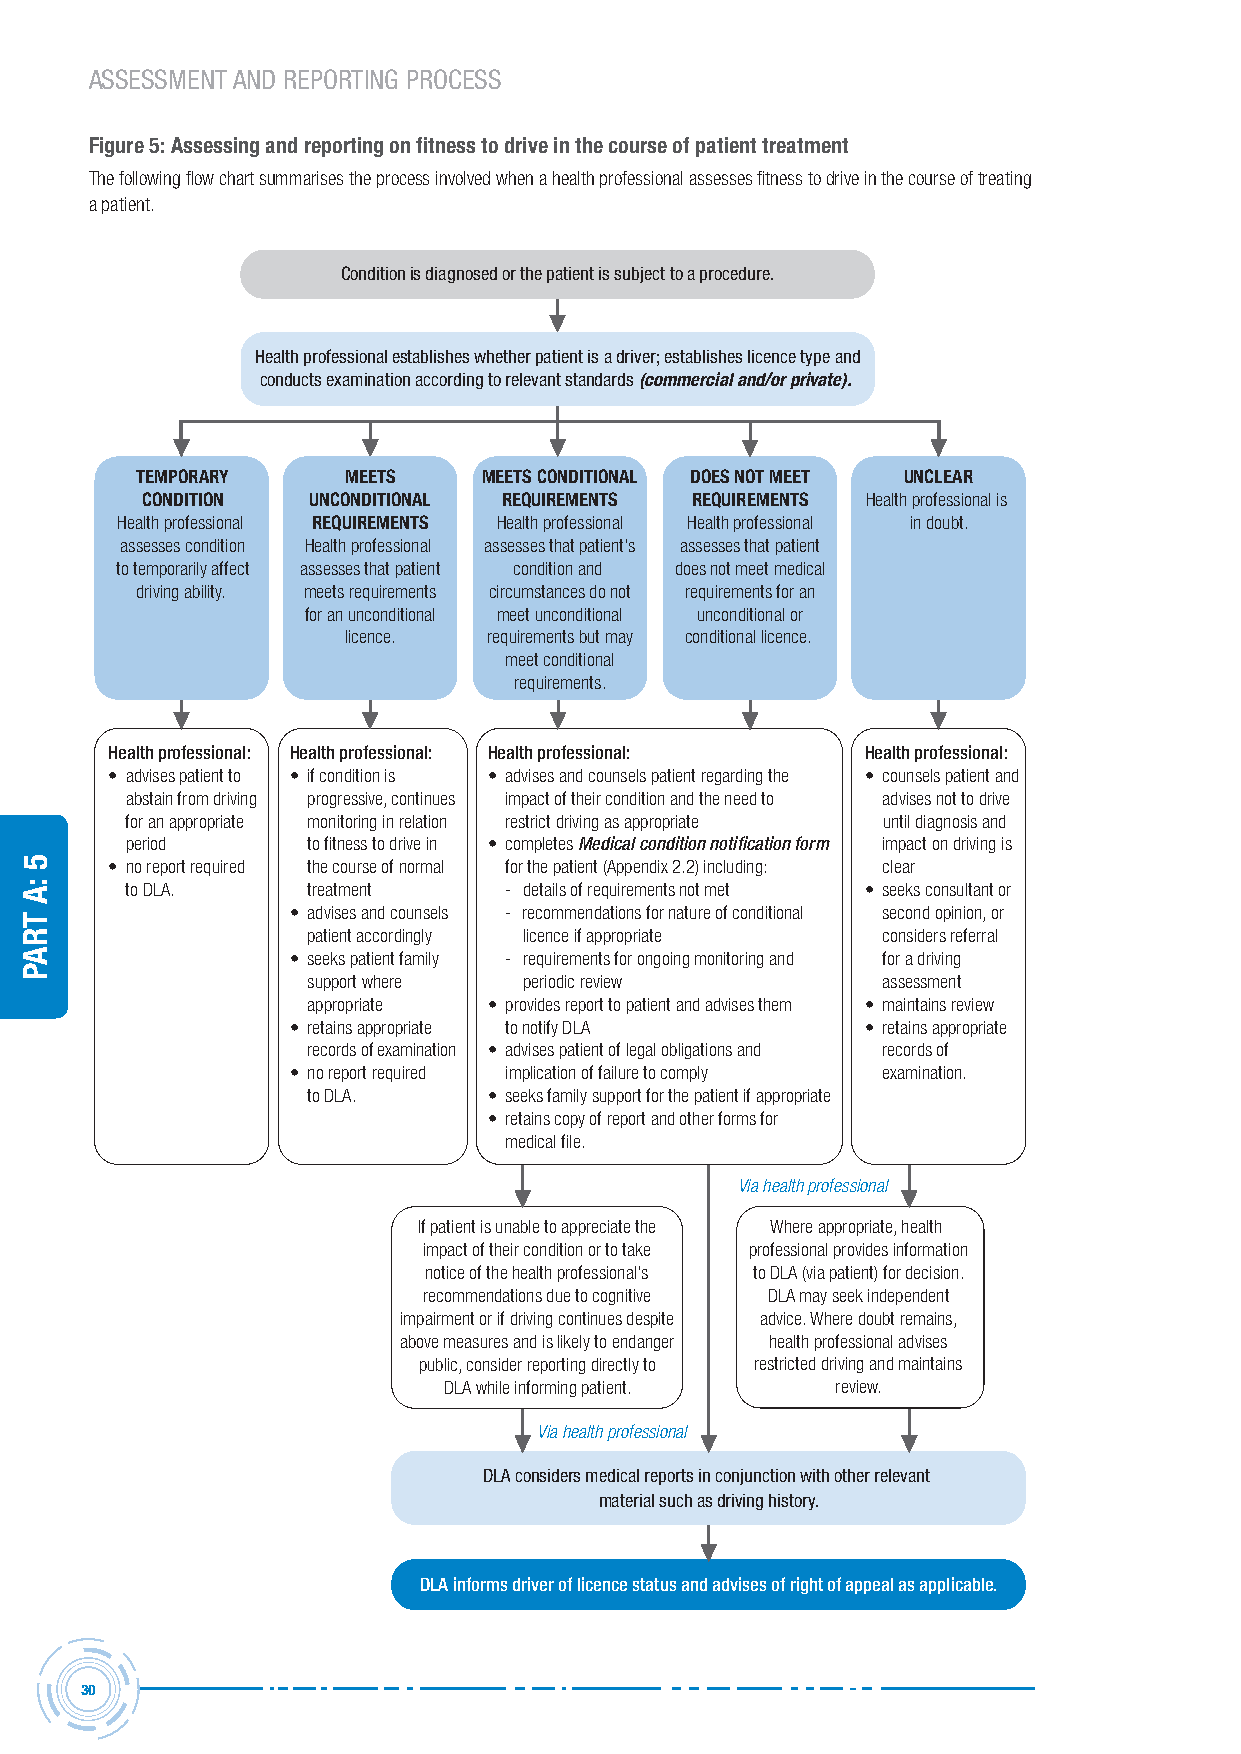
ASSESSMENT AND REPORTING PROCESS
 Figure 5: Assessing and reporting on fitness to drive in the course of patient treatment
 The following flow chart summarises the process involved when a health professional assesses fitness to drive in the course of treating
 a patient.
 Condition is diagnosed or the patient is subject to a procedure.
 Health professional establishes whether patient is a driver; establishes licence type and
 conducts examination according to relevant standards (commercial and/or private).
 TEMPORARY     MEETS    MEETS CONDITIONAL DOES NOT MEET UNCLEAR
 CONDITION  UNCONDITIONAL REQUIREMENTS REQUIREMENTS Health professional is
 Health professional REQUIREMENTS Health professional Health professional in doubt.
 assesses condition Health professional assesses that patient’s assesses that patient
 to temporarily affect assesses that patient condition and does not meet medical
 driving ability. meets requirements circumstances do not requirements for an
 for an unconditional meet unconditional unconditional or
 licence. requirements but may conditional licence.
 meet conditional
 requirements.
 Health professional: Health professional: Health professional: Health professional:
 • advises patient to • if condition is • advises and counsels patient regarding the • counsels patient and
 abstain from driving progressive, continues impact of their condition and the need to advises not to drive
 for an appropriate monitoring in relation restrict driving as appropriate until diagnosis and
 period      to fitness to drive in • completes Medical condition notification form impact on driving is
 • no report required the course of normal for the patient (Appendix 2.2) including: clear
 to DLA.     treatment    - details of requirements not met • seeks consultant or
 • advises and counsels - recommendations for nature of conditional second opinion, or
 patient accordingly licence if appropriate considers referral
 • seeks patient family - requirements for ongoing monitoring and for a driving
 support where  periodic review        assessment
 appropriate • provides report to patient and advises them • maintains review
 • retains appropriate to notify DLA   • retains appropriate
 records of examination • advises patient of legal obligations and records of
 • no report required implication of failure to comply examination.
 to DLA.     • seeks family support for the patient if appropriate
 • retains copy of report and other forms for
 medical file.
 Via health professional
 If patient is unable to appreciate the Where appropriate, health
 impact of their condition or to take professional provides information
 notice of the health professional's to DLA (via patient) for decision.
 recommendations due to cognitive DLA may seek independent
 impairment or if driving continues despite advice. Where doubt remains,
 above measures and is likely to endanger health professional advises
 public, consider reporting directly to restricted driving and maintains
 DLA while informing patient. review.
 Via health professional
 DLA considers medical reports in conjunction with other relevant
 material such as driving history.
 DLA informs driver of licence status and advises of right of appeal as applicable.
 30
 5
 :a
 traP